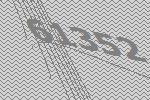
61352